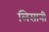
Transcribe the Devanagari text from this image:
लिसानी